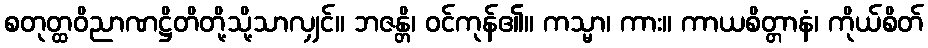
စတုတ္ထဝိညာဏဋ္ဌိတိတို့သို့သာလျှင်။ ဘဇန္တိ၊ ဝင်ကုန်၏။ ကသ္မာ၊ ကား။ ကာယစိတ္တာနံ၊ ကိုယ်စိတ်